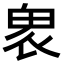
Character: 𠃁